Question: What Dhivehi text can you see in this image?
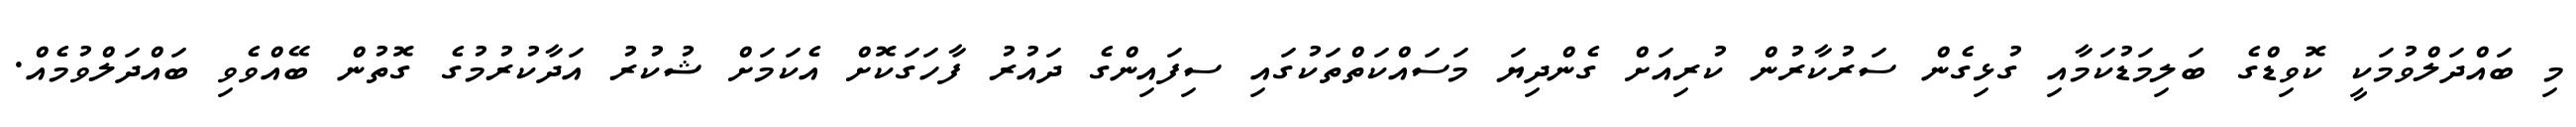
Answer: މި ބައްދަލްވުމަކީ ކޮވިޑްގެ ބަލިމަޑުކަމާއި ގުޅިގެން ސަރުކާރުން ކުރިއަށް ގެންދިޔަ މަސައްކަތްތަކުގައި ސިފައިންގެ ދައުރު ފާހަގަކޮށް އެކަމަށް ޝުކުރު އަދާކުރުމުގެ ގޮތުން ބޭއްވެވި ބައްދަލްވުމެއް.